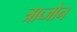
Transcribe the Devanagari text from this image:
त्राब्जोन